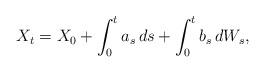
LaTeX: \begin{align*} X_{t}=X_0+\int_0^t a_s\,ds +\int_0^tb_s\,dW_s,\end{align*}